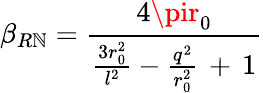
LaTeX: \beta_{R\mathbb{N}}=\frac{{4\pir_{0}}}{{\frac{{3r_{0}^{2}}}{{l^{2}}}-\frac{{q^{2}}}{{r_{0}^{2}}}\, +\, 1}}